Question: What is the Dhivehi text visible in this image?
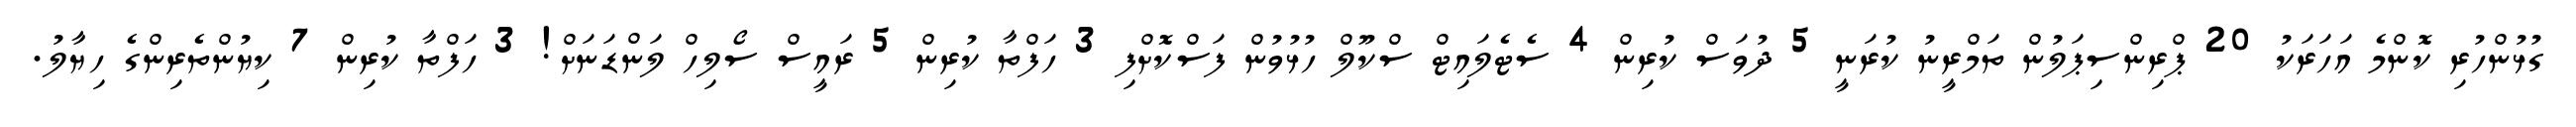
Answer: ގުޅުންހުރި ކޮންމެ އަހަރަކު 20 ޕްރިންސިޕަލުން ތަމްރީނު ކުރަނީ 5 ދުވަސް ކުރިން 4 ސެޓެލައިޓް ސްކޫލް ހުޅުވުން ފަސްކޮށްފި 3 ހަފްތާ ކުރިން 5 ރައީސް ސޯލިހް ލަންޑަނަށް! 3 ހަފްތާ ކުރިން 7 ކިޔުންތެރިންގެ ހިޔާލު.